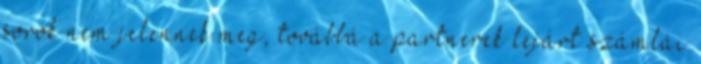
sorok nem jelennek meg, továbbá a partnerek lejárt számlái